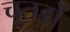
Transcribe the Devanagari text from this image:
चूतड़ों